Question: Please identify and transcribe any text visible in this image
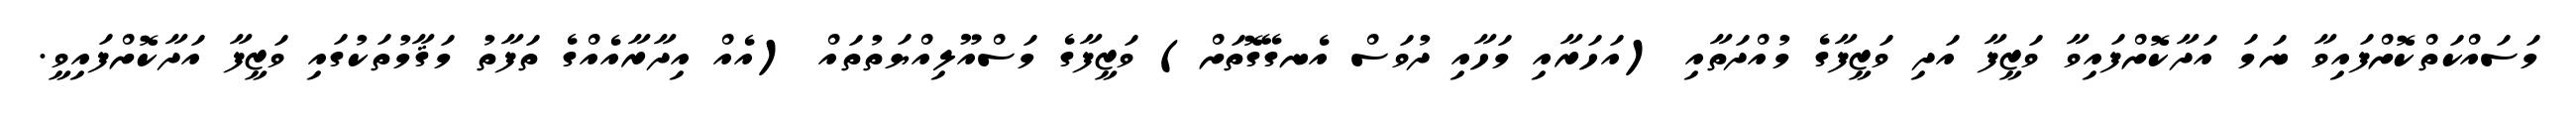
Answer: މަސައްކަތްކޮށްފައިވާ ނަމަ އަދާކޮށްފައިވާ ވަޒީފާ އަދި ވަޒީފާގެ މުއްދަތާއި (އަހަރާއި މަހާއި ދުވަސް އެނގޭގޮތަށް) ވަޒީފާގެ މަސްއޫލިއްޔަތުތައް (އެއް އިދާރާއެއްގެ ތަފާތު މަޤާމުތަކުގައި ވަޒީފާ އަދާކޮށްފައިވީ.